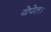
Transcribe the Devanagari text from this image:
येपेत।